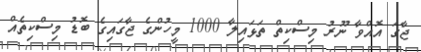
ޖާގަ އޮއްވާ ނޫރު މިސްކިތް ތަޅައިލާ 1000 މީހުންގެ ޖާގައިގެ ބޮޑު މިސްކިތެއް